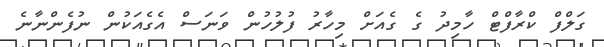
ގަލްފް ކްރާފްޓް ހާމިދު ގެ ގެއަށް މިހާރު ފުލުހުން ވަނަސް އެގެއަކުން ނުފެންނާނެ